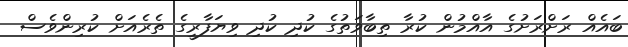
ބައެއް ރަށްރަށުގެ އާއްމުން ކުރާ ތިބާވަތުގެ ކުދި ކުދި ވިޔަފާރީގެ ތެރެއަށް ކުރިންވެސް